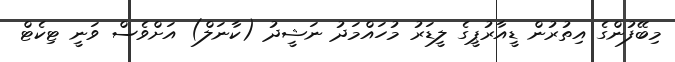
މިބޭފުުންގެ އިތުރުން ޑީއާރުޕީގެ ލީޑަރު މުހައްމަދު ނަޝީދު (ކާނަލް) އަށްވެސް ވަނީ ޓިކެޓް